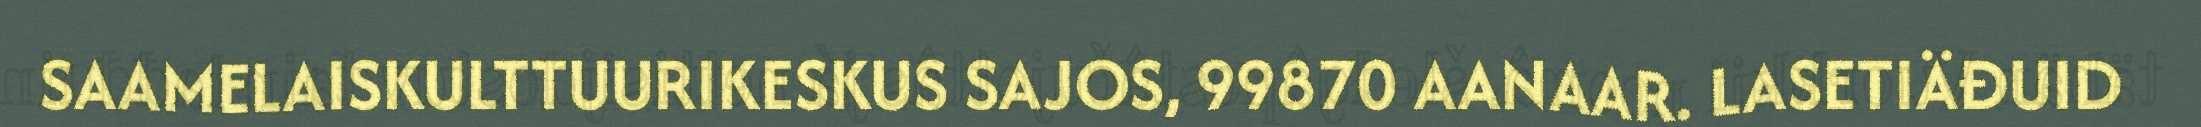
SAAMELAISKULTTUURIKESKUS SAJOS, 99870 AANAAR. LASETIÄĐUID